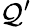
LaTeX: \mathcal{Q}^{\prime}